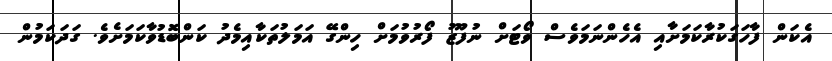
އެކަން ފާހަގަކުރާކަމަށާއި އެހެންނަމަވެސް ވޯޓަށް ނުފޫޒު ފޯރުވުމަށް ހިންގޭ އަމަލުތަކާއިމެދު ކަންބޮޑުވާކަމަށެވެ. ގަދަކަމުން